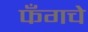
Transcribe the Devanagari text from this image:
फँगचे